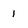
Character: 1